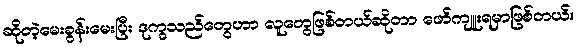
ဆိုတဲ့မေးခွန်းမေးပြီး ဒုက္ခသည်တွေဟာ လူတွေဖြစ်တယ်ဆိုတာ ဖော်ကျူးရမှာဖြစ်တယ်။